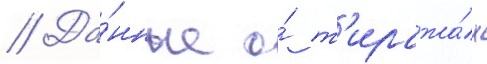
// Да́нные о́ т'иража́х